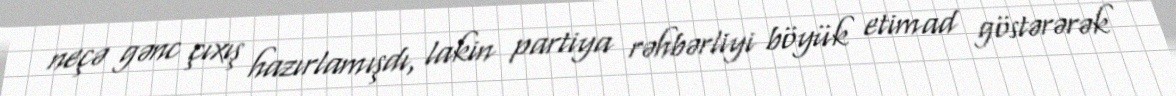
neçə gənc çıxış hazırlamışdı, lakin partiya rəhbərliyi böyük etimad göstərərək